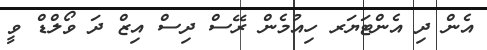
އެން ދި އެންޓަޔަރ ހިއުމެން ރޭސް ދިސް އިޒް ދަ ވޯލްޑް ވީ